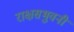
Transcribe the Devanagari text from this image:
राक्षसभुवनी